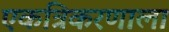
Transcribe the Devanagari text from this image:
एकत्रिकरणाला